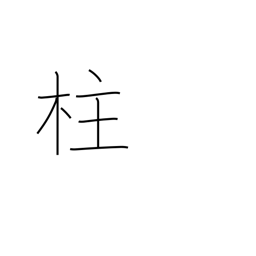
Meaning: post